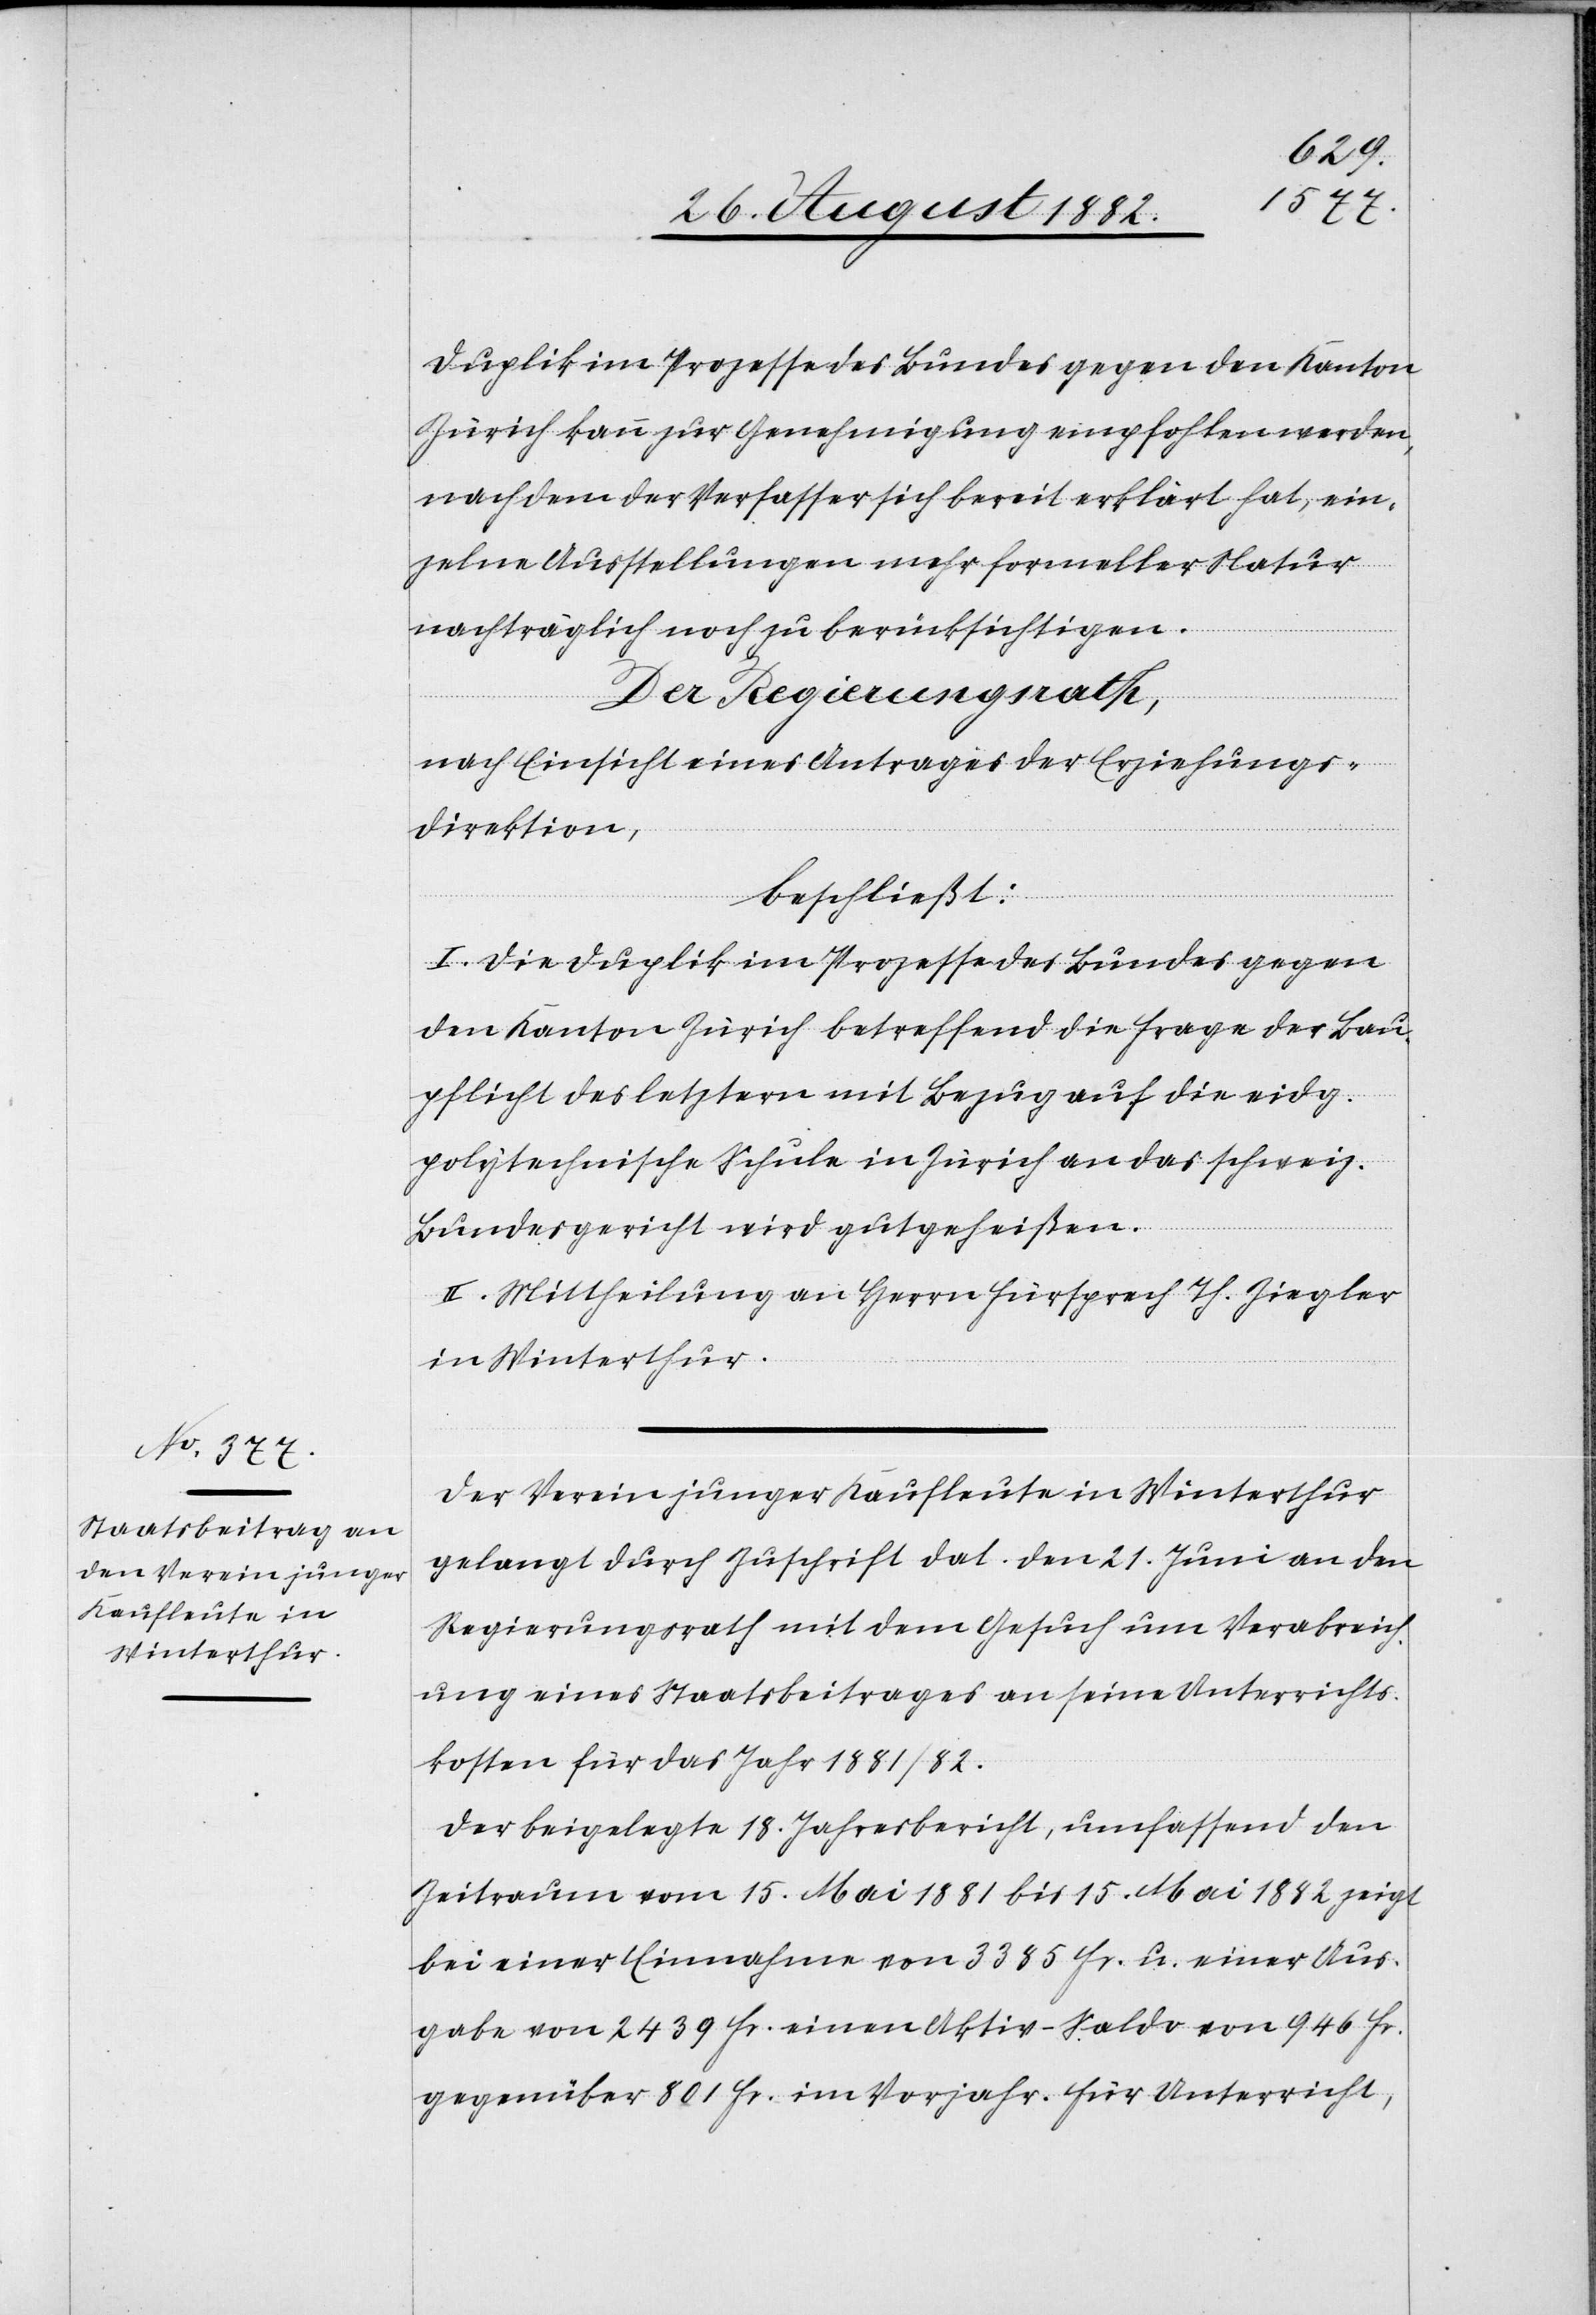
Duplik im Prozesse des Bundes gegen den Kanton
Zürich kann zur Genehmigung empfohlen werden,
nachdem der Verfasser sich bereit erklärt hat, ein¬
zelne Ausstellungen mehr formeller Natur
nachträglich noch zu berücksichtigen.
Der Regierungsrath,
nach Einsicht eines Antrages der Erziehungs¬
direktion,
beschließt:
I. Die Duplik im Prozesse des Bundes gegen
den Kanton Zürich betreffend die Frage der Bau¬
pflicht des letztern mit Bezug auf die eidg.
polytechnische Schule in Zürich an das schweiz.
Bundesgericht wird gutgeheißen.
II. Mittheilung an Herrn Fürsprech Th. Ziegler
in Winterthur.
Der Verein junger Kaufleute in Winterthur
gelangt durch Zuschrift dat. den 21. Juni an den
Regierungsrath mit dem Gesuch um Verabreich¬
ung eines Staatsbeitrages an seine Unterrichts¬
kosten für das Jahr 1881/82.
Der beigelegte 18. Jahresbericht, umfassend den
Zeitraum vom 15. Mai 1881 bis 15. Mai 1882 zeigt
bei einer Einnahme von 3385 Fr. u. einer Aus¬
gabe von 2439 Fr. einen Aktiv-Saldo von 946 Fr.
gegenüber 801 Fr. im Vorjahr. Für Unterricht,